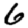
Digit: 6